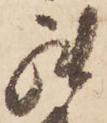
罷